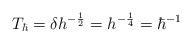
LaTeX: \begin{align*}T_\hbar = \delta h^{-\frac 12} = h^{-\frac 14} = \hbar^{-1}\end{align*}